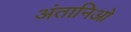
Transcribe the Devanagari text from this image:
अंतानिओ